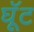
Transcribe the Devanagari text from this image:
घूॅट